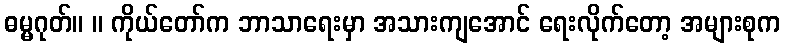
ဓမ္မဂုတ်။ ။ ကိုယ်တော်က ဘာသာရေးမှာ အသားကျအောင် ရေးလိုက်တော့ အများစုက